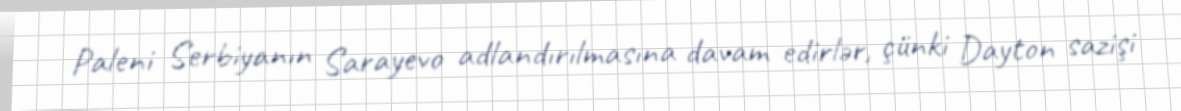
Paleni Serbiyanın Sarayevo adlandırılmasına davam edirlər, çünki Dayton sazişi